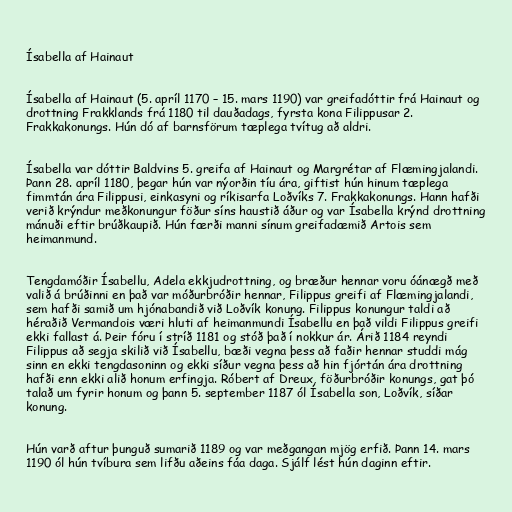
Ísabella af Hainaut

Ísabella af Hainaut (5. apríl 1170 – 15. mars 1190) var greifadóttir frá Hainaut og
drottning Frakklands frá 1180 til dauðadags, fyrsta kona Filippusar 2.
Frakkakonungs. Hún dó af barnsförum tæplega tvítug að aldri.

Ísabella var dóttir Baldvins 5. greifa af Hainaut og Margrétar af Flæmingjalandi.
Þann 28. apríl 1180, þegar hún var nýorðin tíu ára, giftist hún hinum tæplega
fimmtán ára Filippusi, einkasyni og ríkisarfa Loðvíks 7. Frakkakonungs. Hann hafði
verið krýndur meðkonungur föður síns haustið áður og var Ísabella krýnd drottning
mánuði eftir brúðkaupið. Hún færði manni sínum greifadæmið Artois sem
heimanmund.

Tengdamóðir Ísabellu, Adela ekkjudrottning, og bræður hennar voru óánægð með
valið á brúðinni en það var móðurbróðir hennar, Filippus greifi af Flæmingjalandi,
sem hafði samið um hjónabandið við Loðvík konung. Filippus konungur taldi að
héraðið Vermandois væri hluti af heimanmundi Ísabellu en það vildi Filippus greifi
ekki fallast á. Þeir fóru í stríð 1181 og stóð það í nokkur ár. Árið 1184 reyndi
Filippus að segja skilið við Ísabellu, bæði vegna þess að faðir hennar studdi mág
sinn en ekki tengdasoninn og ekki síður vegna þess að hin fjórtán ára drottning
hafði enn ekki alið honum erfingja. Róbert af Dreux, föðurbróðir konungs, gat þó
talað um fyrir honum og þann 5. september 1187 ól Ísabella son, Loðvík, síðar
konung.

Hún varð aftur þunguð sumarið 1189 og var meðgangan mjög erfið. Þann 14. mars
1190 ól hún tvíbura sem lifðu aðeins fáa daga. Sjálf lést hún daginn eftir.